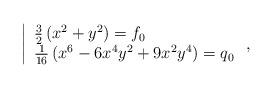
LaTeX: \begin{align*} \left| \begin{array}{l} \frac{3}{2}\left(x^2+ y^2\right)=f_0\\\frac{1}{16}\left(x^6 - 6 x^4y^2 + 9 x^2 y^4\right)=q_0\\ \end{array}\right.,\end{align*}